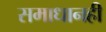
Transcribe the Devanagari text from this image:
समाधानही